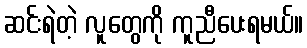
ဆင်းရဲတဲ့ လူတွေကို ကူညီပေးရမယ်။